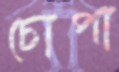
চোপা